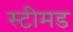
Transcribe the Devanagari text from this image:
स्टीमड